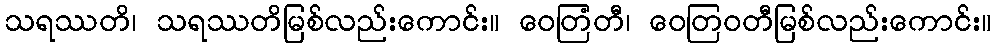
သရဿတိ၊ သရဿတိမြစ်လည်းကောင်း။ ဝေတြံတီ၊ ဝေတြဝတီမြစ်လည်းကောင်း။